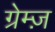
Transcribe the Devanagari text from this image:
ग्रेम्ज़